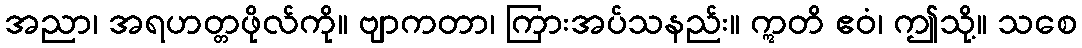
အညာ၊ အရဟတ္တဖိုလ်ကို။ ဗျာကတာ၊ ကြားအပ်သနည်း။ ဣတိ ဧဝံ၊ ဤသို့။ သစေ